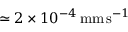
\simeq 2 \times 1 0 ^ { - 4 } \, \mathrm { m m \, s } ^ { - 1 }